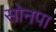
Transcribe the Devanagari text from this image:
सोनपा